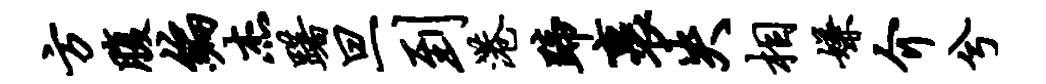
方腹编杰躇旦到港蹄裹失相嫌介兮